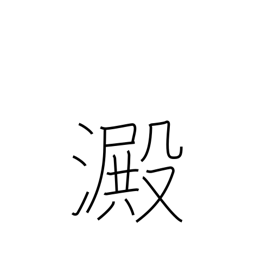
Meaning: sediment